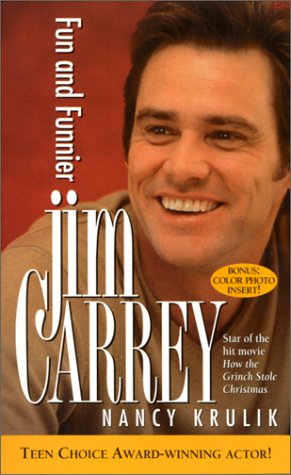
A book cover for Jim Carrey: Fun And Funnier; Nancy Krulik; Teen & Young Adult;